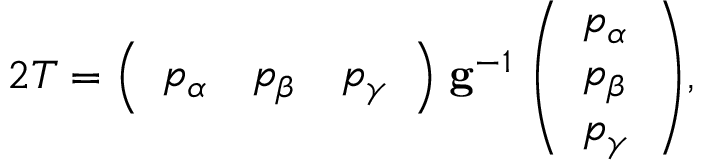
2 T = { \left( \begin{array} { l l l } { p _ { \alpha } } & { p _ { \beta } } & { p _ { \gamma } } \end{array} \right) } \; \mathbf { g } ^ { - 1 } \; { \left( \begin{array} { l } { p _ { \alpha } } \\ { p _ { \beta } } \\ { p _ { \gamma } } \end{array} \right) } ,